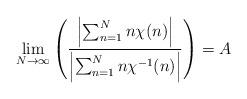
LaTeX: \begin{align*}\lim_{N\rightarrow \infty}\left(\frac{\left|\sum_{n=1}^N n \chi(n)\right|}{\left|\sum_{n=1}^N n \chi^{-1}(n)\right|}\right) = A\end{align*}